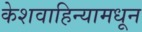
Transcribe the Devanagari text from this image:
केशवाहिन्यामधून